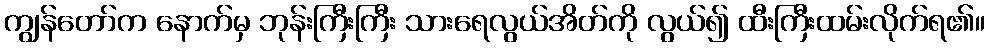
ကျွန်တော်က နောက်မှ ဘုန်းကြီးကြီး သားရေလွယ်အိတ်ကို လွယ်၍ ထီးကြီးထမ်းလိုက်ရ၏။